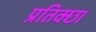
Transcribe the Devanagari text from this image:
प्रतिक्छा